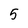
Character: 5